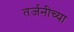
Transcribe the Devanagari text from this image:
तर्जनीच्या